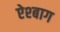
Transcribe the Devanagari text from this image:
ऐश्बाग